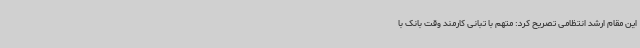
این مقام ارشد انتظامی تصریح کرد: متهم با تبانی کارمند وقت بانک با